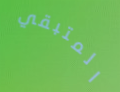
المتبقي